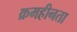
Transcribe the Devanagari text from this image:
क्रमहीनता